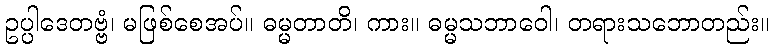
ဥပ္ပါဒေတဗ္ဗံ၊ မဖြစ်စေအပ်။ ဓမ္မတာတိ၊ ကား။ ဓမ္မသဘာဝေါ၊ တရားသဘောတည်း။